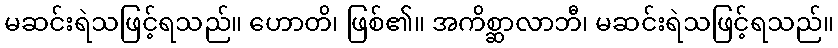
မဆင်းရဲသဖြင့်ရသည်။ ဟောတိ၊ ဖြစ်၏။ အကိစ္ဆာလာဘီ၊ မဆင်းရဲသဖြင့်ရသည်။